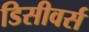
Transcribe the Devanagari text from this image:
डिसीवर्स